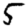
Digit: 5